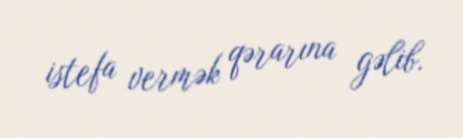
istefa vermək qərarına gəlib.